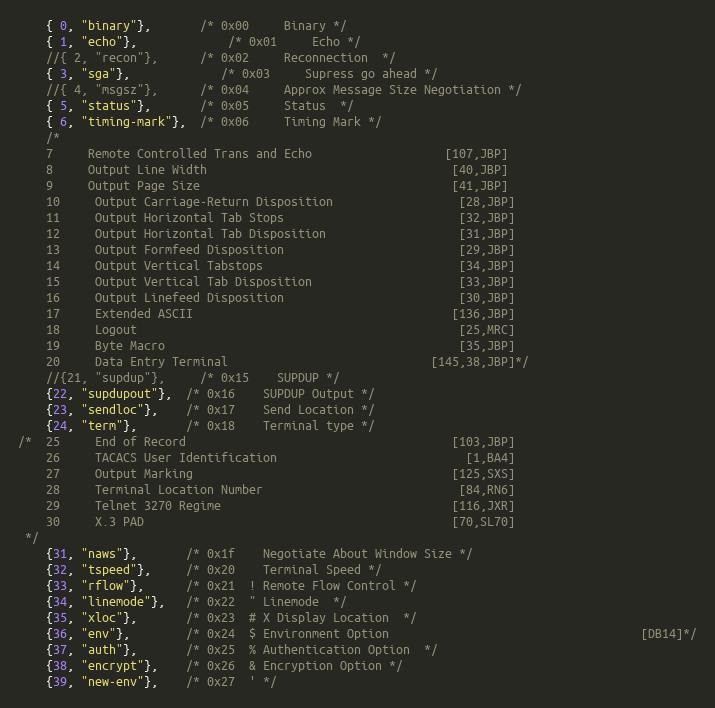
Language: C
    { 0, "binary"},       /* 0x00     Binary */
    { 1, "echo"},             /* 0x01     Echo */
    //{ 2, "recon"},      /* 0x02     Reconnection  */
    { 3, "sga"},             /* 0x03     Supress go ahead */
    //{ 4, "msgsz"},      /* 0x04     Approx Message Size Negotiation */
    { 5, "status"},       /* 0x05     Status  */
    { 6, "timing-mark"},  /* 0x06     Timing Mark */
    /*
    7     Remote Controlled Trans and Echo                   [107,JBP]
    8     Output Line Width                                   [40,JBP]
    9     Output Page Size                                    [41,JBP]
    10     Output Carriage-Return Disposition                  [28,JBP]
    11     Output Horizontal Tab Stops                         [32,JBP]
    12     Output Horizontal Tab Disposition                   [31,JBP]
    13     Output Formfeed Disposition                         [29,JBP]
    14     Output Vertical Tabstops                            [34,JBP]
    15     Output Vertical Tab Disposition                     [33,JBP]
    16     Output Linefeed Disposition                         [30,JBP]
    17     Extended ASCII                                     [136,JBP]
    18     Logout                                              [25,MRC]
    19     Byte Macro                                          [35,JBP]
    20     Data Entry Terminal                             [145,38,JBP]*/
    //{21, "supdup"},     /* 0x15    SUPDUP */
    {22, "supdupout"},  /* 0x16    SUPDUP Output */
    {23, "sendloc"},    /* 0x17    Send Location */
    {24, "term"},       /* 0x18    Terminal type */
/*  25     End of Record                                      [103,JBP]
    26     TACACS User Identification                           [1,BA4]
    27     Output Marking                                     [125,SXS]
    28     Terminal Location Number                            [84,RN6]
    29     Telnet 3270 Regime                                 [116,JXR]
    30     X.3 PAD                                            [70,SL70]
 */
    {31, "naws"},       /* 0x1f    Negotiate About Window Size */
    {32, "tspeed"},     /* 0x20    Terminal Speed */
    {33, "rflow"},      /* 0x21  ! Remote Flow Control */
    {34, "linemode"},   /* 0x22  " Linemode  */
    {35, "xloc"},       /* 0x23  # X Display Location  */
    {36, "env"},        /* 0x24  $ Environment Option                                    [DB14]*/
    {37, "auth"},       /* 0x25  % Authentication Option  */
    {38, "encrypt"},    /* 0x26  & Encryption Option */
    {39, "new-env"},    /* 0x27  ' */